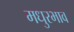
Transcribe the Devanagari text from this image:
मधुरभाव